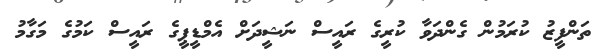
ތަންފީޒު ކުރަމުން ގެންދަވާ ކުރީގެ ރައީސް ނަޝީދަށް އެމްޑީޕީގެ ރައީސް ކަމުގެ މަގާމު